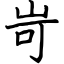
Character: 岢